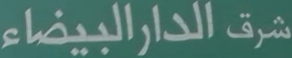
شرق الدار البيضاء